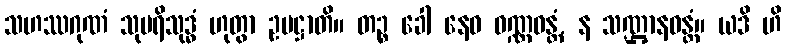
သဟဿဂုဏံ သုပရိသုဒ္ဓံ ဟုတွာ ဥပဋ္ဌာတိ။ တဉ္စ ခေါ နေဝ ဝဏ္ဏဝန္တံ, န သဏ္ဌာနဝန္တံ။ ယဒိ ဟိ